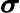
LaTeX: \textstyle{\boldsymbol{\sigma}}